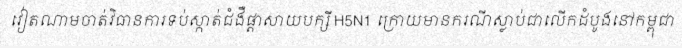
វៀតណាមចាត់វិធានការទប់ស្កាត់ជំងឺផ្តាសាយបក្សី H5N1 ក្រោយមានករណីស្លាប់ជាលើកដំបូងនៅកម្ពុជា